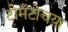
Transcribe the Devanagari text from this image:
टोमॅटोचय़ा